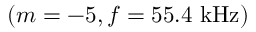
( m = - 5 , f = 5 5 . 4 \mathrm { ~ k H z } )